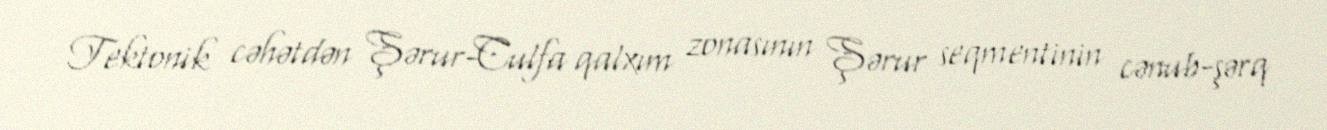
Tektonik cəhətdən Şərur-Culfa qalxım zonasının Şərur seqmentinin cənub-şərq